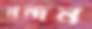
নন্দন